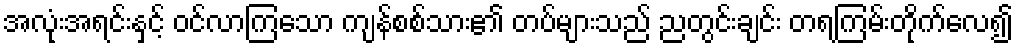
အလုံးအရင်းနှင့် ဝင်လာကြသော ကျန်စစ်သား၏ တပ်များသည် ညတွင်းချင်း တရကြမ်းတိုက်လေ၍